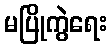
မပြိုကွဲရေး